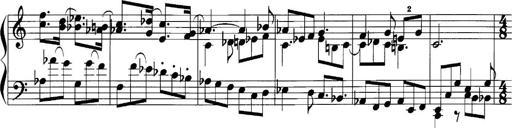
Title: Sonatina No.1
Composer: Otto Stoll
Key: C major